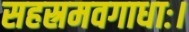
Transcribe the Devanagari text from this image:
सहस्रमवगाधाः।